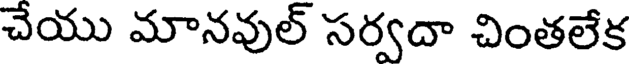
చేయు మానవుల్ సర్వదా చింతలేక